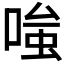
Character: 𭉕